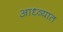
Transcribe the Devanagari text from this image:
आध्व्यात